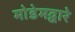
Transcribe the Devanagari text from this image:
मोडेमद्वारे